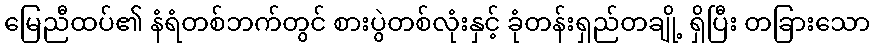
မြေညီထပ်၏ နံရံတစ်ဘက်တွင် စားပွဲတစ်လုံးနှင့် ခုံတန်းရှည်တချို့ ရှိပြီး တခြားသော